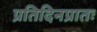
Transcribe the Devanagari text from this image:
प्रतिदिनप्रातः